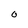
Character: O